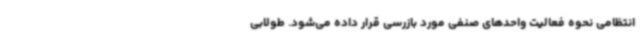
انتظامی نحوه فعالیت واحدهای صنفی مورد بازرسی قرار داده می‌شود. طولابی